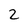
Character: 2